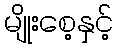
မျိုးစေ့နှင့်